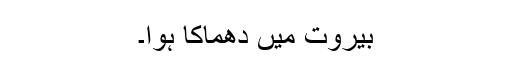
بیروت میں دھماکا ہوا۔